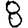
Digit: 8